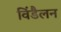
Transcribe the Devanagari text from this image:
विंडैलन